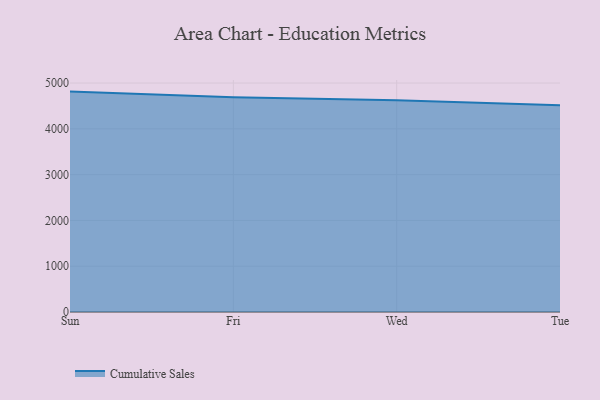
{"axis": {"x": "Day", "y": "Backlog"}, "legend": ["Cumulative Sales"], "data": [{"x": "Sun", "y": 4812.8, "type": "Cumulative Sales"}, {"x": "Fri", "y": 4692.0, "type": "Cumulative Sales"}, {"x": "Wed", "y": 4622.0, "type": "Cumulative Sales"}, {"x": "Tue", "y": 4512.9, "type": "Cumulative Sales"}]}